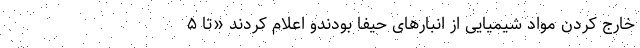
خارج کردن مواد شیمیایی از انبار‌های حیفا بودندو اعلام کردند «تا ۵